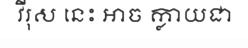
វីរុស នេះ អាច ក្លាយជា